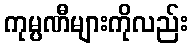
ကုမ္ပဏီများကိုလည်း